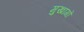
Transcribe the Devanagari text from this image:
मुखांगों